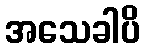
အသေခါပိ